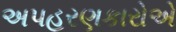
અપહરણકારોએ